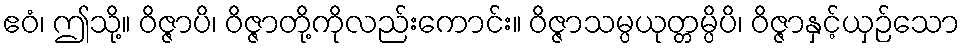
ဧဝံ၊ ဤသို့။ ဝိဇ္ဇာပိ၊ ဝိဇ္ဇာတို့ကိုလည်းကောင်း။ ဝိဇ္ဇာသမ္ပယုတ္တမ္ပိပိ၊ ဝိဇ္ဇာနှင့်ယှဉ်သော